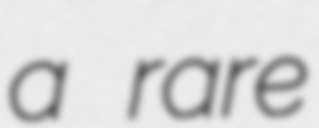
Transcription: a rare